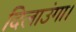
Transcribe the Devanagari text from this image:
दिलाउंगा।